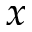
x